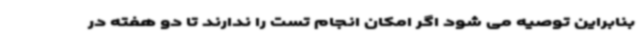
بنابراین توصیه می شود اگر امکان انجام تست را ندارند تا دو هفته در